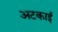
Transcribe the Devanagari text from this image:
अटकाई